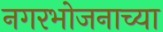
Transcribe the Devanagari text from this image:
नगरभोजनाच्या